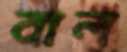
বাল